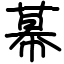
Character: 幕